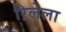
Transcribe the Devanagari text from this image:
रिलेला